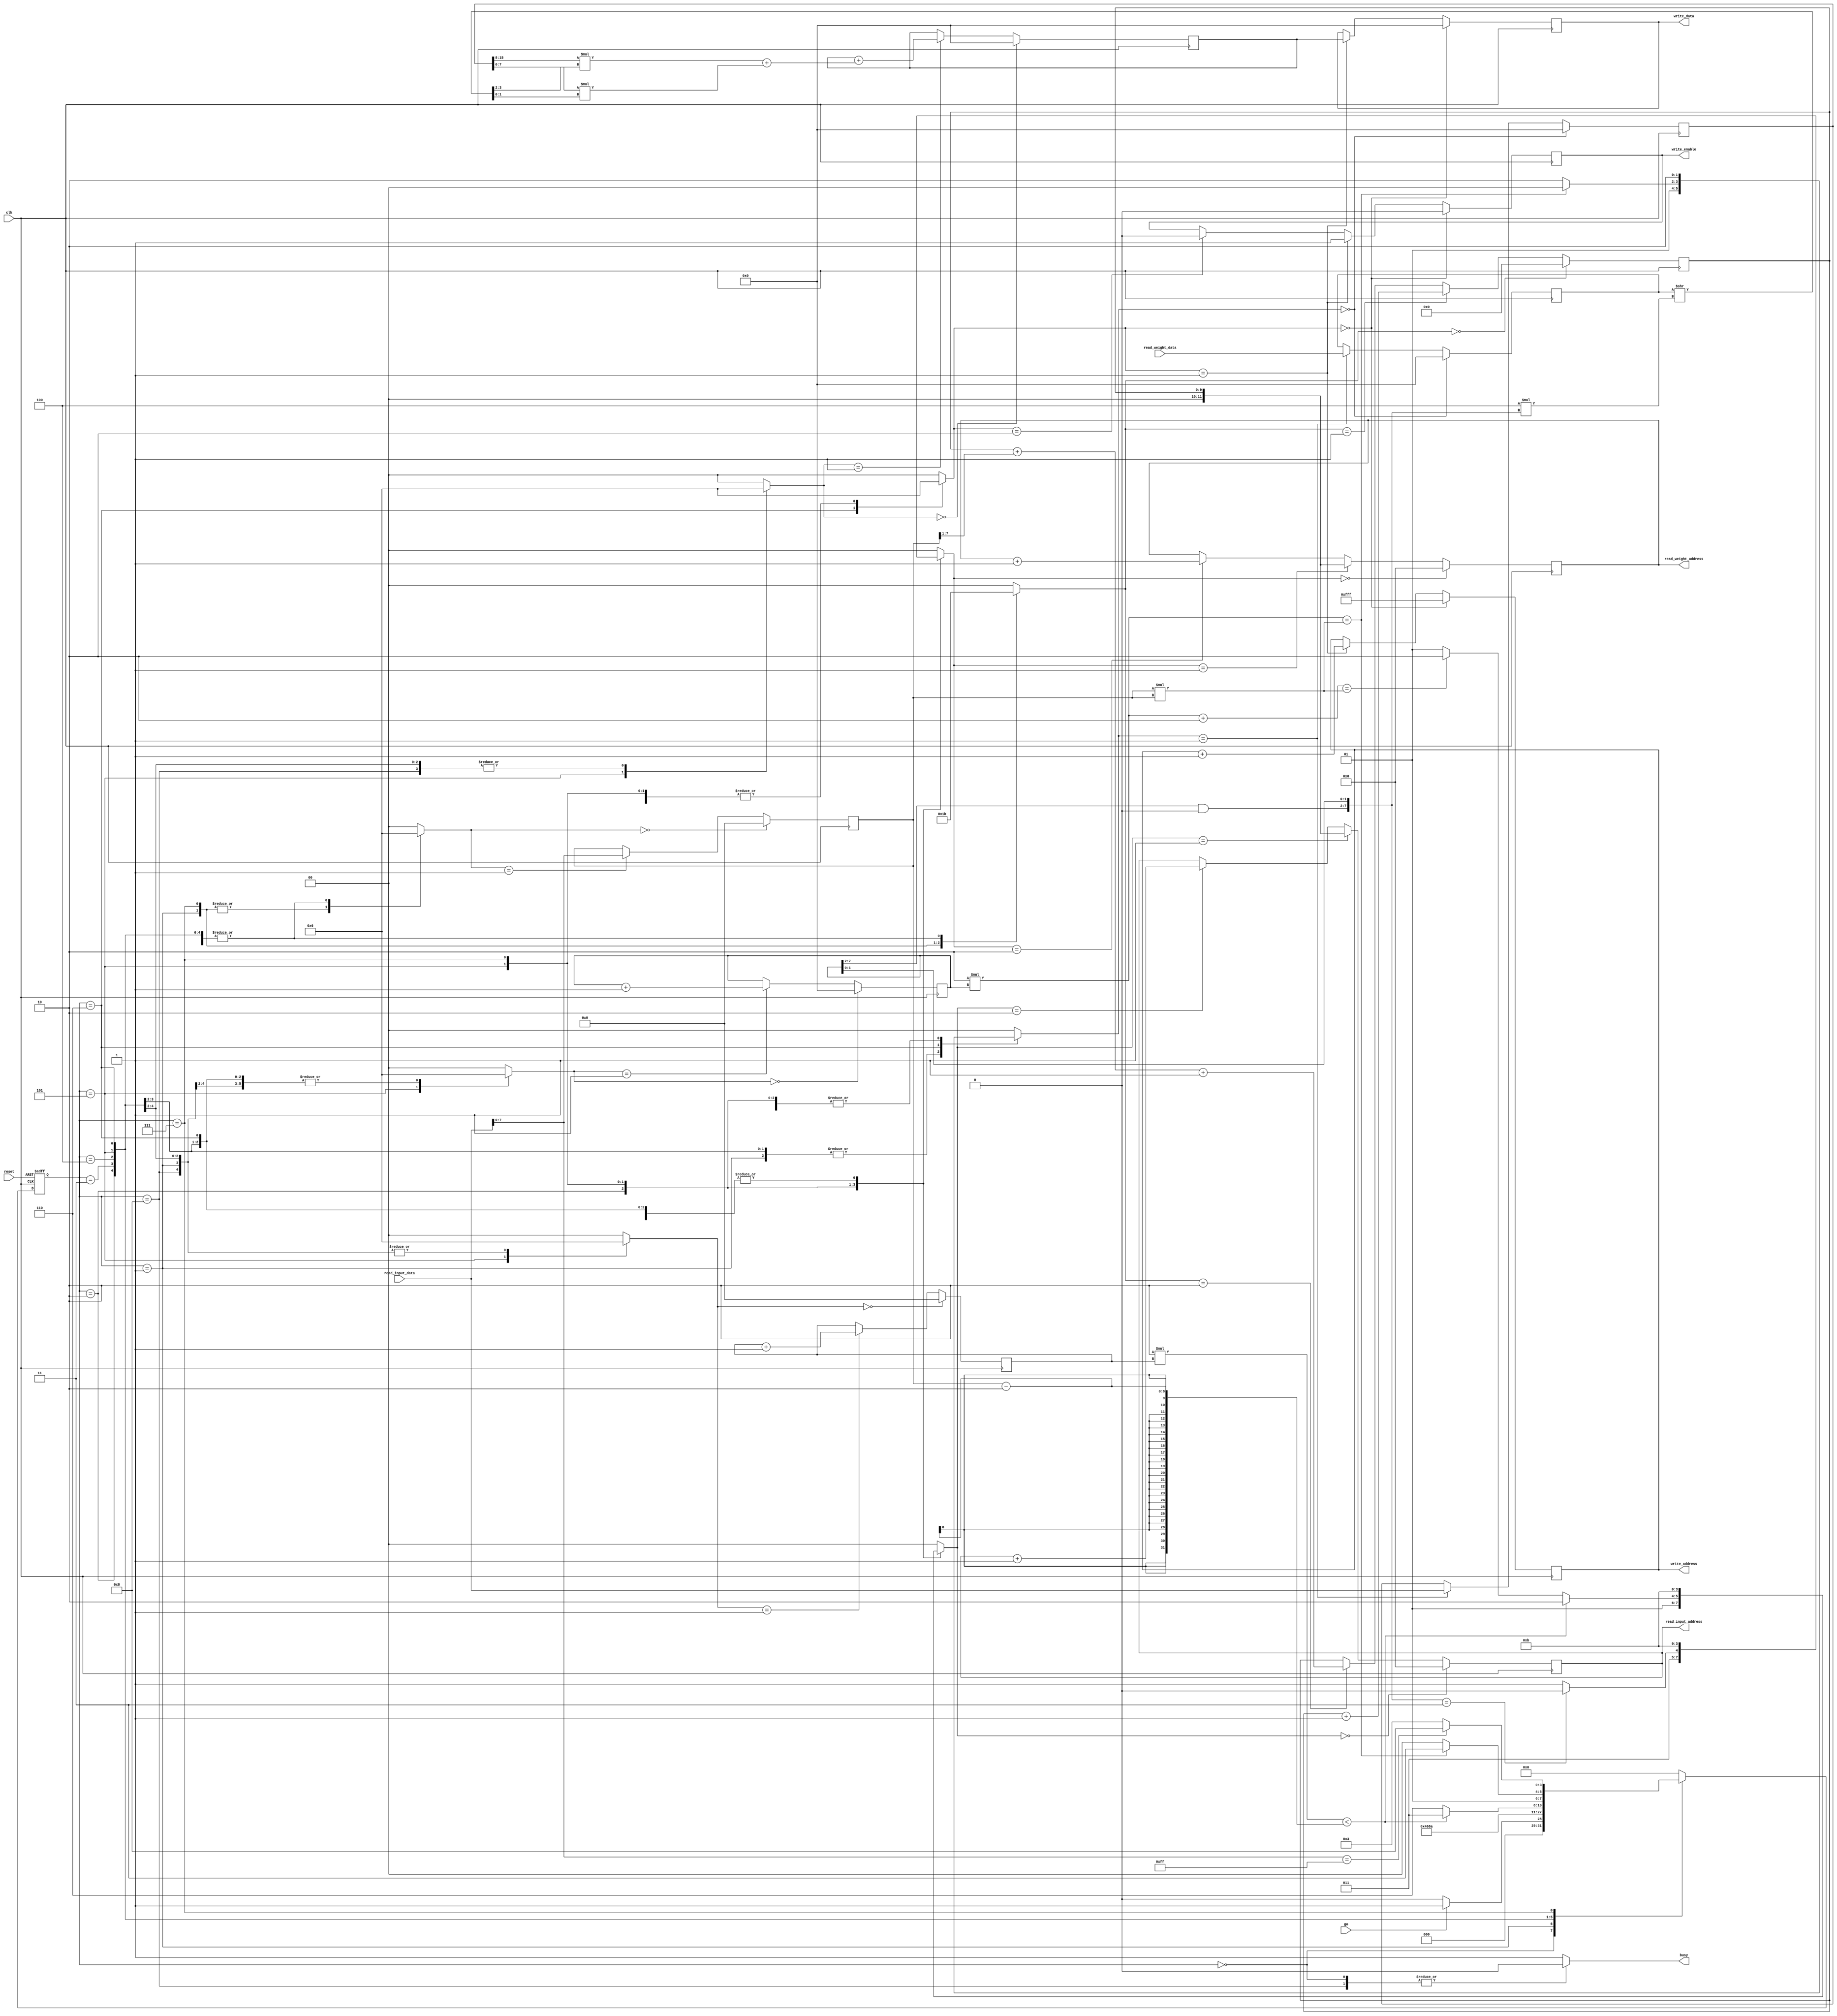
module MyDesign
(
	//Control Signals
	input wire			go,		//Start processing
	output reg			busy,	//Let's know when thing is busy
	input wire 			reset,		//Active low Reset
	input wire			clk,		//Clock

	//To output SRAM, SRAM write interface tied
	output reg signed [15:0]	write_data,
	output reg [11:0]	write_address,
	output reg 			write_enable,

	//SRAM interface
	output reg [11:0]	read_input_address,	//SRAM read address
	input wire [15:0]	read_input_data,	//SRAM read data
	output reg [11:0]	read_weight_address,	//SRAM read address
	input wire [15:0]	read_weight_data	//SRAM read data
);

	
	//Reg declaration
	reg [7:0]			size_count;				//Count of data to be read from SRAM//
	reg signed [15:0]	current_data;			//Value of input//
	reg signed [15:0]	current_weight;			//Values of current weight//
    reg [15:0]       	mult_counter_up;		//counts multiplications made//
	reg [7:0]       	convolution_counter_up;	//counts multiplications made//
	reg signed [15:0]	accumulator;		//Accumulator//

	//FSM regs
	reg [3:0]		current_state;				//FSM current state//
	reg [3:0]		next_state;					//FSM next state//

	//Bit selectors (usually for muxes)
	reg [1:0]    	data_input_enable;			//Select line for mux to get data from input//
	reg [1:0]		weight_input_enable;		//Select line for mux to read data from weight//
    reg [1:0]       finish_sum_mult_sel;        //selects when to output to SRAM//
    reg [1:0]		counter_mux_sel;			//Select line for mux to control counter of remaining multiplication//
	reg [1:0]		counter_convolution_sel;	//Select line for mux to control counter of remaining multiplication//
	reg [1:0]		address_input_mux_sel;		//Select line for mux input//
	reg [1:0]		address_weight_mux_sel;		//Select line for mux weight//	
	reg [1:0]		size_count_mux_sel;			//Select line for mux when to receive the size to count//	
	reg [1:0]       ref_mux_sel;                //Select line to control mux for reference_address//
	reg [1:0]		accum_n_enable;				//manages mux for accumulator//Accumulator reg selector//

	//Address refs regs
	reg [9:0]		reference_address;			//address to refer back when counter ends//

	//Wire declaration 
   	wire signed [7:0] 	input_n0 , input_n1; 	//Two inputs per word
   	wire signed [1:0]	weight_n0, weight_n1;	//Selecting two weights to multiply to word
	wire signed [9:0]	input_mul_weight;		//Input*weight
	wire [7:0]      	weight_selector;        //Modulo of counter
    
	//Byte selector for input//

	assign input_n1 = current_data[15:8];
	assign input_n0 = current_data[7:0];

	//Modulo 8//
	assign weight_selector = {{mult_counter_up[15:2] & 14'b0} , mult_counter_up[1:0]};
	
	//Selecting weights
	assign {weight_n1,weight_n0} = current_weight >> 4*weight_selector; 
    
	//Multiplication
	assign input_mul_weight = input_n1 *weight_n1 + input_n0*weight_n0;

    //Parameters
	//FSM greycode
	localparam s0  = 3'b000;
	localparam s1  = 3'b001;
	localparam s2  = 3'b010;
	localparam s3  = 3'b011;
	localparam s4  = 3'b100;
	localparam s5  = 3'b101;
	localparam s6  = 3'b110;
	localparam s7  = 3'b111;
	localparam s8  = 4'b1000;

	//--------------code start--------------//
	//Control Path
		
	//FSM
	always @(posedge clk or negedge reset) begin
		if (!reset)
			current_state <= 4'b0;
		else
			current_state <= next_state;
	end

	always @(*) begin
		casex (current_state)
			s0 : begin								//S0:	clear every register

                data_input_enable = 2'b0;           //clearing current_data reg
                weight_input_enable = 2'b0;         //clearing current_weight reg

                accum_n_enable  = 2'b0;             //clearing accumulator reg
                counter_mux_sel = 2'b0;             //clearing mult_counter_up register
				counter_convolution_sel = 2'b0;		//clearing convolution_counter_up register;

                address_input_mux_sel = 2'b0;       //clearing addres_input_reader,     reading address 0 on next state
                address_weight_mux_sel = 2'b0;      //clearing address_counter_reader,  reading address 0 on next state

                size_count_mux_sel = 2'b0;          //clearing size_count, number of inputs
                ref_mux_sel  = 2'b0;                //clearing ref_address
                finish_sum_mult_sel = 2'b00;        //not ready for writting to SRAM
				busy = 1'b0;

				if (go == 1'b1)
					next_state = s1;
				else
					next_state = s0;
			end
			s1 : begin								//S1: Setup ref_address, setup size_count, Reading from SRAM
                data_input_enable = 2'b01;          //reading from SRAM
                weight_input_enable = 2'b01;        //reading from SRAM

                accum_n_enable  = 2'b00;             //Clearing accumulator
                counter_mux_sel = 2'b10;            //counter_up = counter_up
				counter_convolution_sel = 2'b10;	// convolution_counter_up = convolution_counter_up;

                address_input_mux_sel = 2'b00;      //=0, cannot request SRAM bc it is dependen on ref_address
                address_weight_mux_sel = 2'b00;     //=0

                size_count_mux_sel = 2'b01;         //reading and setting up size_count 
                ref_mux_sel  = 2'b01;               //increase reference address
                finish_sum_mult_sel = 2'b00;         //not ready for writting to SRAM
				busy = 1'b1;

				next_state 	= s2;
			end
			s2 : begin                              //S2: Setting up request from SRAM using reference address, May ooptimize later
                data_input_enable = 2'b10;          //=
                weight_input_enable = 2'b10;        //=
				
                accum_n_enable  = 2'b10;            //=
                counter_mux_sel = 2'b10;            //counter_up = counter_up
				counter_convolution_sel = 2'b10;	// convolution_counter_up = convolution_counter_up;

                address_input_mux_sel = 2'b01;       //Requesting to SRAM address_imput + reference address
                address_weight_mux_sel = 2'b01;      //Requesting to SRAM address_weight + reference address

                size_count_mux_sel = 2'b10;         //=
                ref_mux_sel  = 2'b11;               //=
                finish_sum_mult_sel = 2'b00;         //not ready for writting to SRAM
				busy = 1'b1;

				next_state 	= s3;
			end
			s3 : begin
													//S3:Requesting from SRAM	
                data_input_enable = 2'b01;          //Enable Read from SRAM
                weight_input_enable = 2'b01;        //Enable Read from, SRAM	

				accum_n_enable  = 2'b10;            //=
				counter_mux_sel = 2'b10;            //counter_up = counter_up
				counter_convolution_sel = 2'b10;	// convolution_counter_up = convolution_counter_up;

                address_input_mux_sel = 2'b11;       //SRAM address =
                address_weight_mux_sel = 2'b11;      //SRAM address =

				size_count_mux_sel = 2'b10;         //=
				ref_mux_sel  = 2'b11;               //=
				finish_sum_mult_sel = 2'b10;         //not ready for writting to SRAM but keeping ref address
				busy = 1'b1;

				next_state 	= s4;

			end
			s4 : begin								//enabling Accumulator
													//S4:waitng for SRAM Information
                data_input_enable = 2'b01;          //Enable Read from SRAM
                weight_input_enable = 2'b01;        //Enable Read from, SRAM	
				
				accum_n_enable  = 2'b10;            //=yes
				counter_mux_sel = 2'b10;            //counter_up = counter_up
				counter_convolution_sel = 2'b10;	// convolution_counter_up = convolution_counter_up;


                address_input_mux_sel = 2'b11;       //SRAM address =
                address_weight_mux_sel = 2'b11;      //SRAM address =

				size_count_mux_sel = 2'b10;         //=
				ref_mux_sel  = 2'b11;               //=
				finish_sum_mult_sel = 2'b10;         //not ready for writting to SRAM, but storing previous ref address
				busy = 1'b1;

				next_state 	= s5;
			end
			s5 : begin
				data_input_enable = 2'b10;          //Data from SRAM=
                weight_input_enable = 2'b10;        //Data from SRAM=

				accum_n_enable  = 2'b01;            //yes
				counter_mux_sel = 2'b01;            //counter_up++
				counter_convolution_sel = 2'b01;	//convolution_counter_up +;

				size_count_mux_sel = 2'b10;         //=
				ref_mux_sel  = 2'b11;               //=
				
				finish_sum_mult_sel = 2'b10;         //not ready for writting to SRAM, but storing previous ref address
				busy = 1'b1;

				if (weight_selector == 8'b00000011) 		// if weight selector read 3 times weight
				    address_weight_mux_sel = 2'b10;      	//Requesting to SRAM address_weight + 1
				else
					address_weight_mux_sel = 2'b11;      	//SRAM address =
				
				if (2*(convolution_counter_up) < size_count-2)		//completed all vector of data? 
					begin	
				    	address_input_mux_sel = 2'b10;      //Requesting to SRAM address_input + 1
						next_state = s3;
					end
				else
					begin
						if ( (2*mult_counter_up)+2 == (size_count*size_count) )	//all multiplications completed?
								address_input_mux_sel = 2'b10;      //Requesting to SRAM address_input + 1
						else	
								address_input_mux_sel = 2'b01;       //Request to SRAM reference address information
						begin		
							next_state = s6;					
						end
					end
			end
			s6 : begin			//writing stuff out, verifying if I completed all the multiplications?

				accum_n_enable  = 2'b00;            //clearing for next accumulation
				counter_mux_sel = 2'b10;            //=
				counter_convolution_sel = 2'b00;	//=

                address_input_mux_sel = 2'b11;       //SRAM address =
                address_weight_mux_sel = 2'b11;      //SRAM address =	

				size_count_mux_sel = 2'b10;         //=size_count_mux_sel 	
				ref_mux_sel  = 2'b11;               //=
				finish_sum_mult_sel = 2'b01;         //ready for writting to SRAM
				busy = 1'b1;
				
			if ( (2*mult_counter_up) == (size_count*size_count) )	//if all multiplications have completed
				begin
					data_input_enable = 2'b00;          //clear current_input
                	weight_input_enable = 2'b00;        //clear current_weight
					next_state = s7;					//Prepare for next set of items
				end
			else
				begin
					data_input_enable = 2'b10;          //Data from SRAM=
                	weight_input_enable = 2'b10;        //Data from SRAM=
					next_state = s4;					//go back to accumulating
				end
			end
			s7 : begin // Setting up for next interation of is not the end of the inputs
				data_input_enable = 2'b10;          //Data from SRAM=
                weight_input_enable = 2'b10;        //Data from SRAM=

			    accum_n_enable  = 2'b00;            //Clearing accumulator
				counter_mux_sel = 2'b00;            //Clearing Counter mux
				counter_convolution_sel = 2'b00;	//clear convolution counter;

                address_input_mux_sel = 2'b10;      //Requesting to SRAM reference address +1
                address_weight_mux_sel = 2'b10;     //Requesting to SRAM reference address +1

                size_count_mux_sel = 2'b01;         //reading and setting up new size_count 
                ref_mux_sel  = 2'b10;               //increase reference address with + older size_count

				finish_sum_mult_sel = 2'b10;        //not ready for writting to SRAM, but storing previous ref address
				busy = 1'b1;

				if(read_input_data[7:0]== 8'b11111111)	//if everything completed
					next_state 	= s8;
				else
					begin
						next_state = s3;
					end
			end
			s8 : begin // ending state
				data_input_enable = 2'b10;          //Data from SRAM=
                weight_input_enable = 2'b10;        //Data from SRAM=

			    accum_n_enable  = 2'b10;            //=
				counter_mux_sel = 2'b10;            //=
				counter_convolution_sel = 2'b10;	//=

				address_input_mux_sel = 2'b11;      //=
                address_weight_mux_sel = 2'b11;     //=

				size_count_mux_sel = 2'b10;         //=
                ref_mux_sel  = 2'b11;               //=
				finish_sum_mult_sel = 2'b10;        //not ready for writting to SRAM, but storing previous ref address
				
				busy = 1'b0;
				next_state 	= s0;
			end
			default : begin
                data_input_enable = 2'b0;           //clearing current_data reg
                weight_input_enable = 2'b0;         //clearing current_weight reg
                accum_n_enable  = 2'b0;             //clearing accumulator reg
                counter_mux_sel = 2'b0;             //clearing mult_counter_up register
				counter_convolution_sel = 2'b00;	//clear convolution counter;

                address_input_mux_sel = 2'b0;       //clearing addres_input_reader,     reading address 0 on next clock
                address_weight_mux_sel = 2'b0;      //clearing address_counter_reader,  reading address 0 on next clock
                size_count_mux_sel = 2'b0;          //clearing size_count, number of inputs
                ref_mux_sel  = 2'b0;                //clearing ref_address
                finish_sum_mult_sel = 2'b00;         //not ready for writting to SRAM
                busy = 1'b1;
				next_state 	= s0;
			end
		endcase 
	end

	//Data Path
	
	//Input and weight word registers// 
	always @(posedge clk) 
    begin
			if (data_input_enable == 2'b0) 
				current_data <= 16'b0;              //clear
			else if (data_input_enable == 2'b01)
				current_data <= read_input_data;    //read from SRAM
			else if (data_input_enable == 2'b10)
				current_data <= current_data;       //=
	end

    always @(posedge clk) 
    begin
			if (weight_input_enable == 2'b0) 
				current_weight <= 16'b0;            //clear   
			else if (weight_input_enable == 2'b01)
				current_weight <= read_weight_data; //read from SRAM
    		else if (weight_input_enable == 2'b10)
				current_weight <= current_weight;   //=
	end

	//Accumulator register//

	always @(posedge clk) 
	begin
			if (accum_n_enable == 2'b0)
				accumulator <= 16'b0;							//clear
			else if (accum_n_enable == 2'b01)
				accumulator <= accumulator + input_mul_weight;	//adding multiplication to accumulator
			else if(accum_n_enable == 2'b10)
				accumulator <= accumulator;						//=
	end

	//Mult counter (counter up)//

	always @(posedge clk) 
	begin
			if (counter_mux_sel == 2'b0)
				mult_counter_up <= 16'b0;					//clear
			else if (counter_mux_sel == 2'b01)
				mult_counter_up <= mult_counter_up + 8'b01;	//up
			else if (counter_mux_sel == 2'b10)
				mult_counter_up <= mult_counter_up;			//=
    end	

	//Convolution counter (counter up)//

	always @(posedge clk) 
	begin
			if (counter_convolution_sel == 2'b0)
				convolution_counter_up <= 8'b0;								//clear
			else if (counter_convolution_sel == 2'b01)
				convolution_counter_up <= convolution_counter_up + 8'b01;	//up
			else if (counter_convolution_sel == 2'b10)
				convolution_counter_up <= convolution_counter_up;			//=
    end	

	//Read number of inputs//

	always @(posedge clk) 
	begin
			if (size_count_mux_sel == 2'b0)			//clear size_count
				size_count <= 8'b0;
			else if (size_count_mux_sel == 2'b01)	//read  data to size_cout	
				size_count <= read_input_data[7:0];
			else if (size_count_mux_sel == 2'b10)	//keep data to size_count
				size_count <= size_count;
	end

    //Set reference address

	always @(posedge clk) 
	begin
			if (ref_mux_sel == 2'b00)	        		//clear reference_address
				reference_address <= 10'b0;
			else if (ref_mux_sel == 2'b01)	            //inccrease reference_address	
				reference_address <= reference_address + 1'b1;
			else if (ref_mux_sel == 2'b10)	            //set new reference_address for  next reading, this includes +1 from size_input, size>>1 for past size /2
				reference_address <= reference_address + (size_count>>1) + 1'b1;
			else if (ref_mux_sel == 2'b11)	            // =
				reference_address <= reference_address;
	end

	//Read input SRAM register//

	always @(posedge clk) 
	begin
			if (address_input_mux_sel == 2'b00)
                read_input_address <= 11'b0;                          //clear
            else if (address_input_mux_sel == 2'b01)
				read_input_address <= reference_address;              //set to ref address
			else if (address_input_mux_sel == 2'b10)
				read_input_address <= read_input_address + 1'b1;    //counter + 1
			else if (address_input_mux_sel == 2'b11)
				read_input_address <= read_input_address;           //=
	end


	//Read weight SRAM register//

	always @(posedge clk) 
	begin
			if (address_weight_mux_sel == 2'b00)
				read_weight_address <= 11'b0;                        //clear
			else if (address_weight_mux_sel == 2'b01)
				read_weight_address <= reference_address;            //set to ref address
            else if (address_weight_mux_sel == 2'b10)
				read_weight_address <= read_weight_address + 1'b1; //counter + 1 
			else if (address_weight_mux_sel == 2'b11)
				read_weight_address <= read_weight_address;         //=
	end

	//Write enable Mux to output//

    always@(posedge clk)
    begin
        if (finish_sum_mult_sel == 2'b0 )begin			//clearing
            write_enable = 1'b0;
            write_address = 12'b111111111111;   
            write_data = 16'b0;
		end
        else if (finish_sum_mult_sel == 2'b01 )begin	//write enable and change of address for next writting 
            	write_enable = 1'b1;
            	write_address = write_address + 1'b1;
           		write_data = accumulator;
		end
		else if(finish_sum_mult_sel == 2'b10 )			//=
		begin
			write_enable = 1'b0;
			write_address = write_address;
			write_data = write_data; 
		end
    end
endmodule	//SK